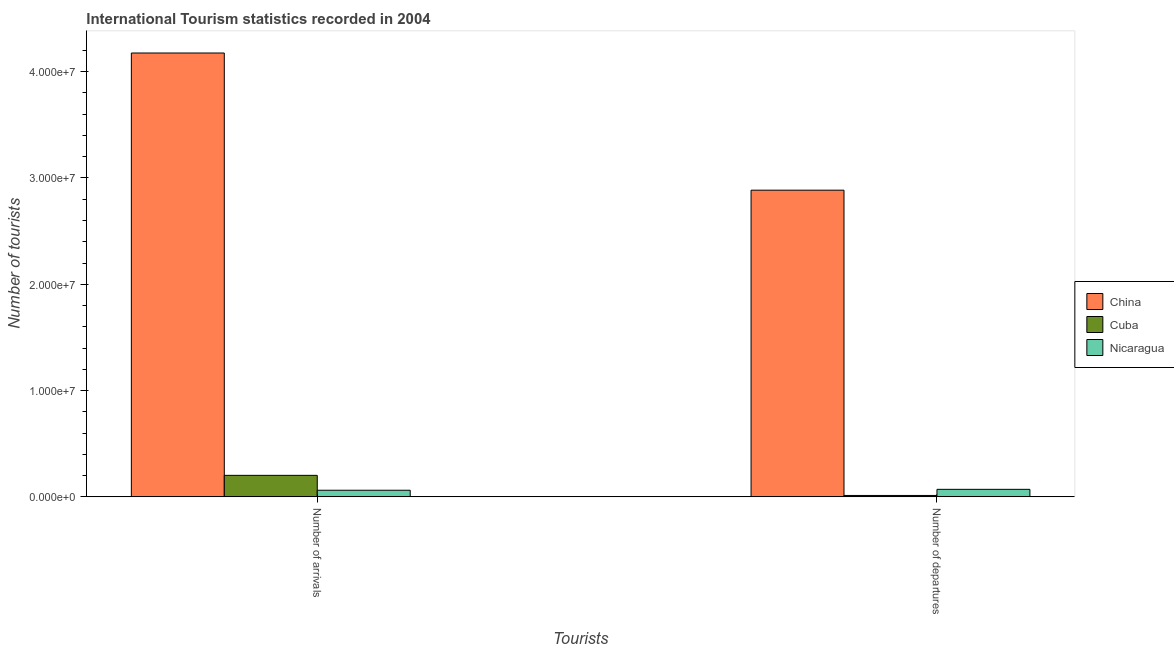
| Tourists | China | Cuba | Nicaragua |
 | --- | --- | --- | --- |
 | Number of arrivals | 4.18e+07 | 2.02e+06 | 6.15e+05 |
 | Number of departures | 2.89e+07 | 1.24e+05 | 7.01e+05 |